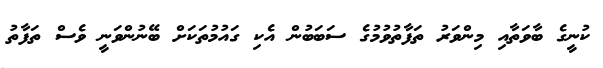
ކުނީގެ ބާވަތާއި މިންވަރު ތަފާތުވުމުގެ ސަބަބުން އެކި ގައުމުތަކަށް ބޭނުންވަނީ ވެސް ތަފާތު